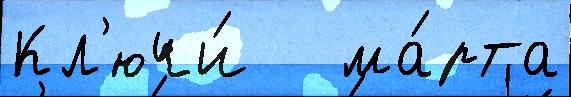
Кл'ючи́   ма́рта